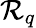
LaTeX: {\cal R}_{q}